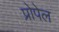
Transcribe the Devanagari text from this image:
प्रोपेल